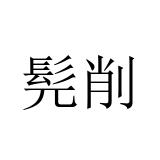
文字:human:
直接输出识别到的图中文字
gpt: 髡削